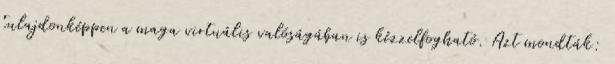
tulajdonképpen a maga virtuális valóságában is kézzelfogható. Azt mondták: